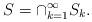
LaTeX: \begin{align*} S=\cap_{k=1}^\infty S_k.\end{align*}